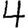
Digit: 4